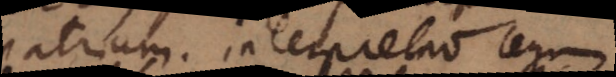
patrium. Interpretatio legum).